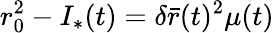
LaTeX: r_{0}^{2}-I_{*}(t)=\delta\bar{r}(t)^{2}\mu(t)